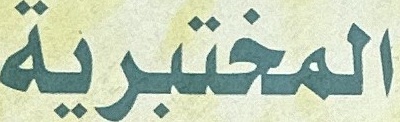
المختبریة